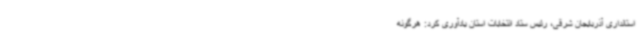
استانداری آذربایجان شرقی، رئیس ستاد انتخابات استان یادآوری کرد: هرگونه